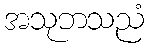
အသုဘသညံ